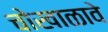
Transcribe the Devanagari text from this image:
चोखाळावे